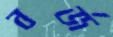
বর্জ